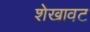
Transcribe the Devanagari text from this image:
शेखावट